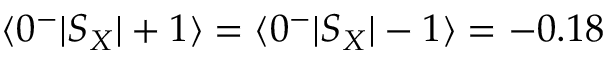
\langle 0 ^ { - } | S _ { X } | + 1 \rangle = \langle 0 ^ { - } | S _ { X } | - 1 \rangle = - 0 . 1 8